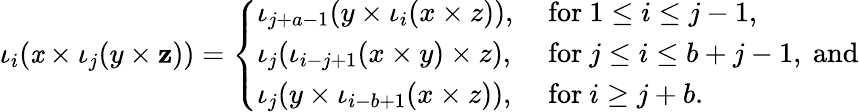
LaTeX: \iota_{i}(\mathit{x}\times\iota_{j}(y\times\mathbf{z}))=\left\{ \begin{array}{ll}{{\iota_{j+a-1}(y\times\iota_{i}(x\times z)),}}&{{\mathrm{~for~}1\leq i\leq j-1,}}\\ {{\iota_{j}(\iota_{i-j+1}(x\times y)\times z),}}&{{\mathrm{~for~}j\leq i\leq b+j-1,\mathrm{~and}}}\\ {{\iota_{j}(y\times\iota_{i-b+1}(x\times z)),}}&{{\mathrm{~for~}i\geq j+b.}}\end{array}\right.